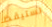
تستيقظ